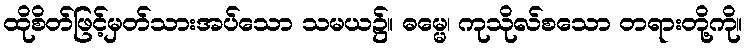
ထိုစိတ်ဖြင့်မှတ်သားအပ်သော သမယ၌။ ဓမ္မေ၊ ကုသိုလ်စသော တရားတို့ကို။